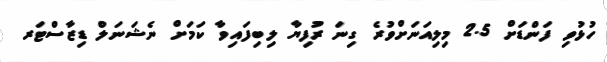
ހުޅުވި ފަންޑަށް 2.5 މިލިއަނަށްވުރެ ގިނަ ރުފިޔާ ލިބިފައިވާ ކަމަށް ނެޝަނަލް ޑިޒާސްޓަރ